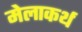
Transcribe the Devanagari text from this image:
मेलाकर्थ